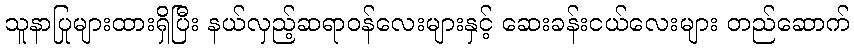
သူနာပြုများထားရှိပြီး နယ်လှည့်ဆရာဝန်လေးများနှင့် ဆေးခန်းငယ်လေးများ တည်ဆောက်